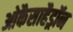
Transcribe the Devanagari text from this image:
ओकैसाहैड्रॉन